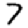
Digit: 7